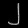
Digit: ၂